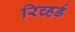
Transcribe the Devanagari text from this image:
रिच्हर्ड